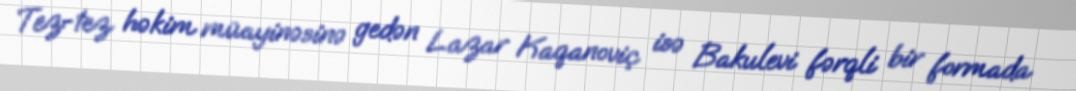
Tez-tez həkim müayinəsinə gedən Lazar Kaqanoviç isə Bakulevi fərqli bir formada